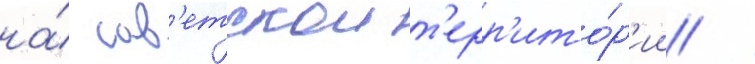
на́ сов'етскои т'ерр'ито́р'ии /